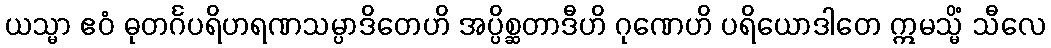
ယသ္မာ ဧဝံ ဓုတင်္ဂပရိဟရဏသမ္ပာဒိတေဟိ အပ္ပိစ္ဆတာဒီဟိ ဂုဏေဟိ ပရိယောဒါတေ ဣမသ္မိံ သီလေ